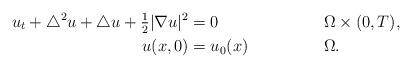
LaTeX: \begin{align*} u_t + \triangle^2u+\triangle u +\tfrac{1}{2}|\nabla u|^2&=0 && \Omega\times(0,T), \\ u(x,0) &=u_0(x) && \Omega.\end{align*}